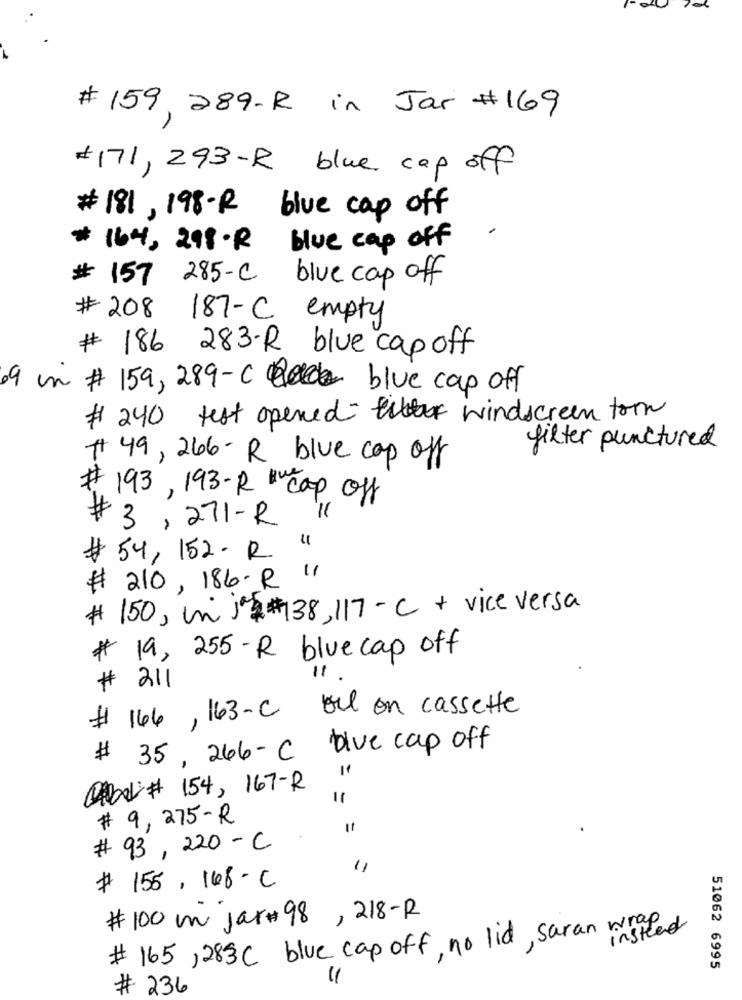
# 159, 289-R in Jar #169
#171, 293-R blue cap off
# 181, 198 -R blue cap off
# 164, 298.R blue cap off
# 157 285- C
blue cap off
# 208 187-C empty
# 186 283-R blue cap off
9 in # 159, 289-C blue cap off
# 240 test opened windscreen for
filter punctured
49, 266- R blue cap off
#
193, 193- R " cap off
3,271- R
#
54, 152- R
# 210, 186- R 11
150, un ja# #138, 117- C + vice versa
# 19, 255 - R blue cap off
211
# 146, 163-C bil on cassette
# 35, 246- C blive cap off
QAber# 154, 167-R
# 9, 275- R
11
# 93, 220 - C
# 155, 148-C
# 100 m jar# 98, 218-R
# 165, 283C blue cap off, no lid, saran wraped
51062 6995
# 236